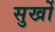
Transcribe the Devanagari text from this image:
सुर्खो